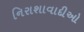
નિરાશાવાદીઓ